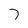
Character: 7